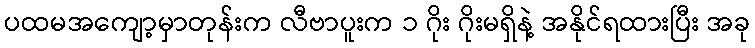
ပထမအကျော့မှာတုန်းက လီဗာပူးက ၁ ဂိုး ဂိုးမရှိနဲ့ အနိုင်ရထားပြီး အခု